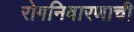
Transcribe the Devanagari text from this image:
रोगनिवारणाची